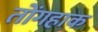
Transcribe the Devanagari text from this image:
तोंगहाक